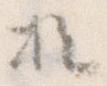
於